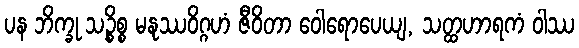
ပန ဘိက္ခု သဉ္စိစ္စ မနုဿဝိဂ္ဂဟံ ဇီဝိတာ ဝေါရောပေယျ, သတ္ထဟာရကံ ဝါဿ